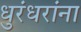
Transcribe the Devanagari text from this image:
धुरंधरांना